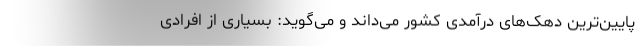
پایین‌ترین دهک‌های درآمدی کشور می‌داند و می‌گوید: بسیاری از افرادی